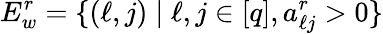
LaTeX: E_{w}^{r}=\{ (\ell,j)\mid\ell,j\in[q],a_{\ell j}^{r}>0\}